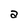
Character: a